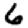
Digit: 6